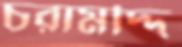
চরামদ্দি